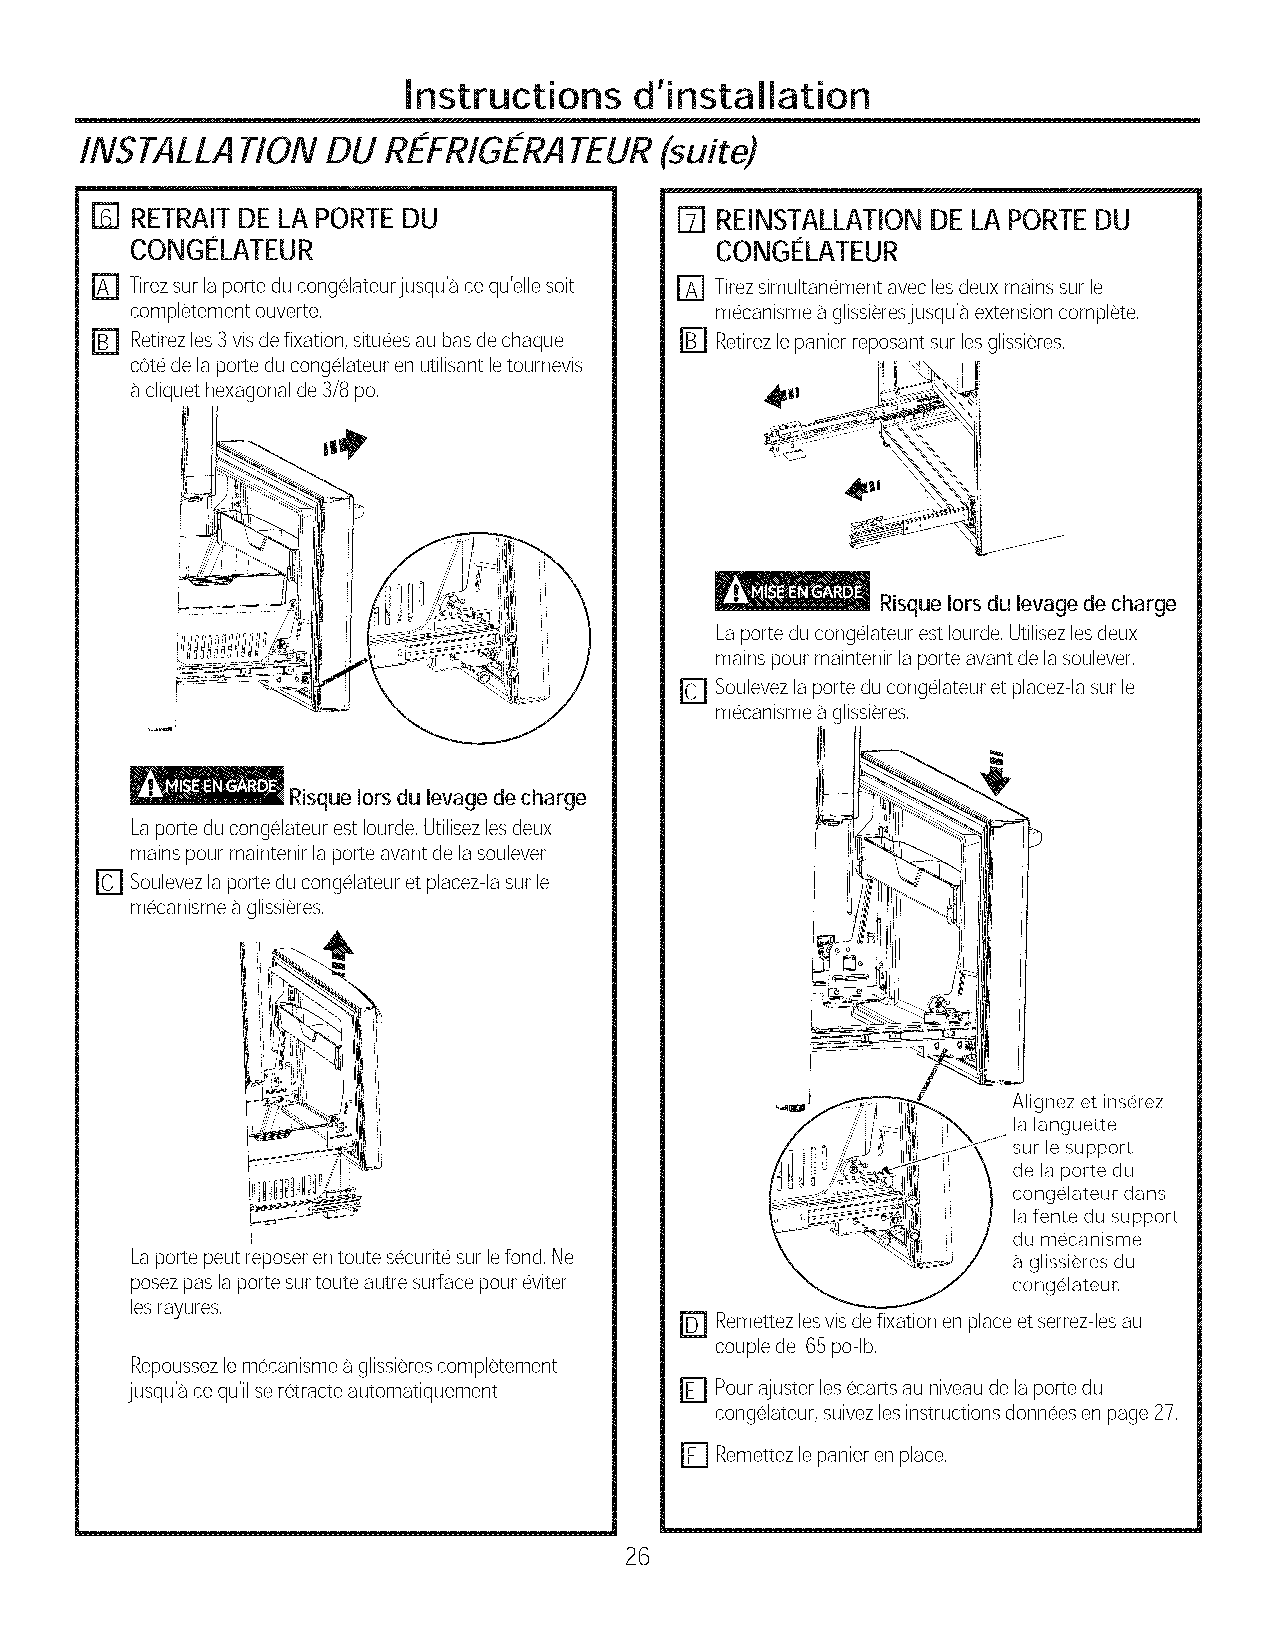
Instructions   d'installation
 INSTALLATION     DU REFRIGERATEUR(suite)
 [_ RETRAITDELA PORTEDU                 E] REINSTALLATIONDELA PORTEDU
 CONGELATEUR                           CONGELATEUR
 [] Tirezsurlaporteducongelateurjusqu% cequ'ellesoit r_ Tirezsimultanement aveclesdeuxmainssurle
 completement ouverte,                 mecanismeaglissieresjusqu%extensioncomplete,
 r_ Retirezles3visdefixation,situeesaubasdechaque r_ Retirezlepanierreposantsurlesglissieres,
 cotedelaporteducongelateurenutilisantletournevis
 cliquethexagonalde3/8po,
 Risque lots du levage decharge
 LaporteducongelateurestIourde,Utilisezlesdeux
 mainspourmaintenirlaporteavantdelaso@ever,
 r_ Soulevezlaporteducongelateuret placez-lasurle
 mecanismeaglissieres,
 _         Risque lots du levage decharge
 LaporteducongelateurestIourde,Utilisezlesdeux
 mainspourmaintenirlaporteavantdelaso@ever
 r_ Soulevezlaporteducongelateuret placez-lasurle
 mecanismeaglissieres,
 Alignez et inserez
 la languette
 sur lesupport
 de la porte du
 congelateur dans
 la fente du support
 du mecanisme
 Laporte peutreposerenroutesecuritesurlefond,Ne            _ glissieres du
 posezpaslaportesurtouteautre surfacepoureviter            congelateur,
 lesrayures,
 r_ Remettezlesvisdefixationenplaceetserrez-lesau
 couplede 65po-lb,
 Repoussezlemecanismeaglissierescompletement
 jusqu% cequ'ilseretracte automatiquement r_ Pourajusterlesecartsauniveaudelaportedu
 congelateur,suivezlesinstructionsdonneesenpage27,
 r_ Remettezlepanierenplace,
 26